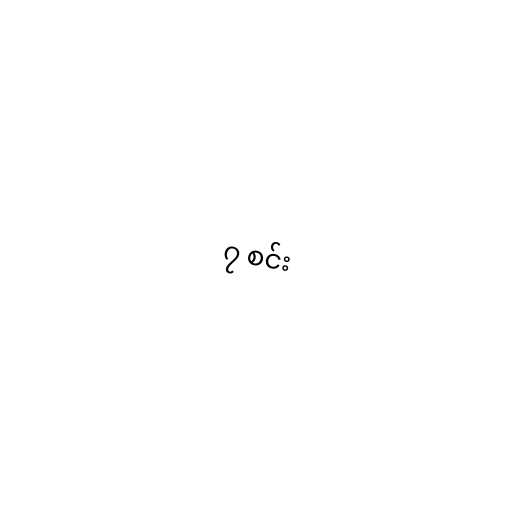
၇ စင်း